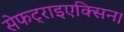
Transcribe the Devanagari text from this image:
सेफट्राइएक्सिन।